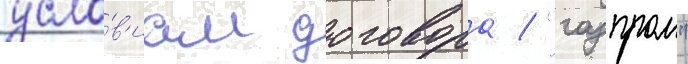
усло́в'иам договора / "газпром"